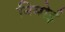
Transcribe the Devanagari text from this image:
निमोई